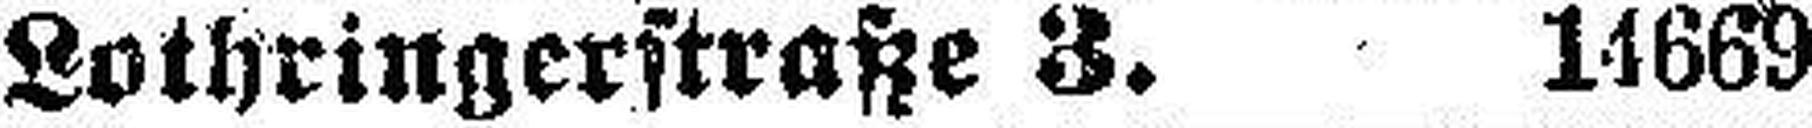
Lothringerstraße 3. 14669